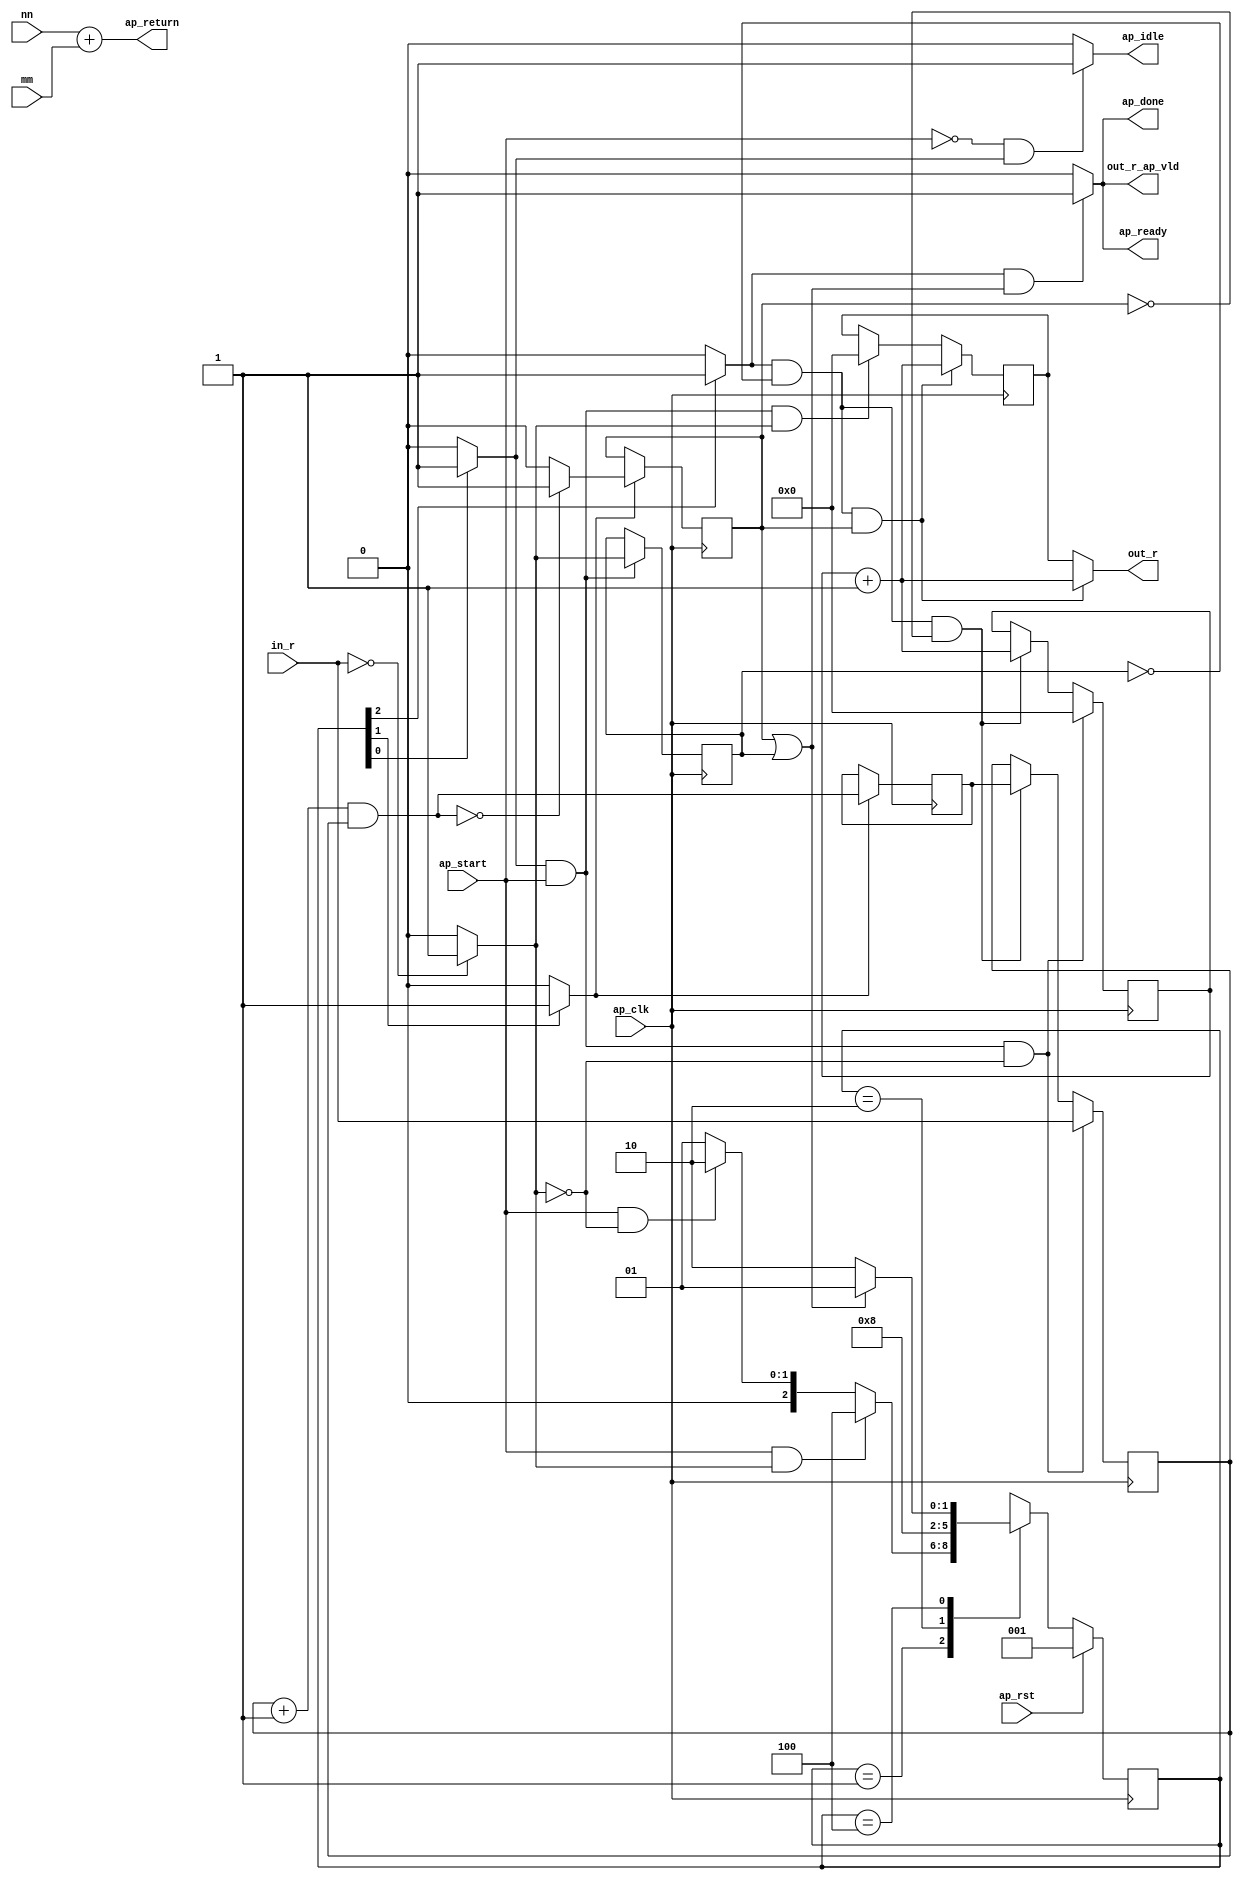
module bit_count (
        ap_clk,
        ap_rst,
        ap_start,
        ap_done,
        ap_idle,
        ap_ready,
        in_r,
        mm,
        out_r,
        out_r_ap_vld,
        nn,
        ap_return
);

parameter    ap_const_logic_1 = 1'b1;
parameter    ap_const_logic_0 = 1'b0;
parameter    ap_ST_st1_fsm_0 = 3'b1;
parameter    ap_ST_st2_fsm_1 = 3'b10;
parameter    ap_ST_st3_fsm_2 = 3'b100;
parameter    ap_const_lv32_0 = 32'b00000000000000000000000000000000;
parameter    ap_const_lv1_1 = 1'b1;
parameter    ap_const_lv32_1 = 32'b1;
parameter    ap_const_lv32_2 = 32'b10;
parameter    ap_const_lv1_0 = 1'b0;
parameter    ap_const_lv64_0 = 64'b0000000000000000000000000000000000000000000000000000000000000000;
parameter    ap_const_lv64_FFFFFFFFFFFFFFFF = 64'b1111111111111111111111111111111111111111111111111111111111111111;
parameter    ap_true = 1'b1;

input   ap_clk;
input   ap_rst;
input   ap_start;
output   ap_done;
output   ap_idle;
output   ap_ready;
input  [63:0] in_r;
input  [31:0] mm;
output  [31:0] out_r;
output   out_r_ap_vld;
input  [31:0] nn;
output  [31:0] ap_return;

reg ap_done;
reg ap_idle;
reg ap_ready;
reg out_r_ap_vld;
(* fsm_encoding = "none" *) reg   [2:0] ap_CS_fsm = 3'b1;
reg    ap_sig_cseq_ST_st1_fsm_0;
reg    ap_sig_bdd_19;
wire   [0:0] tmp_fu_89_p2;
reg   [0:0] tmp_reg_139;
wire   [63:0] x_1_fu_101_p2;
reg   [63:0] x_1_reg_143;
reg    ap_sig_cseq_ST_st2_fsm_1;
reg    ap_sig_bdd_50;
wire   [0:0] tmp_4_fu_107_p2;
reg   [0:0] tmp_4_reg_148;
wire   [31:0] n_2_fu_113_p2;
reg    ap_sig_cseq_ST_st3_fsm_2;
reg    ap_sig_bdd_61;
reg   [63:0] x1_reg_57;
reg   [31:0] n_reg_66;
reg   [31:0] n_1_phi_fu_81_p4;
reg   [31:0] n_1_reg_77;
wire   [63:0] tmp_2_fu_95_p2;
reg   [2:0] ap_NS_fsm;




always @ (posedge ap_clk) begin : ap_ret_ap_CS_fsm
    if (ap_rst == 1'b1) begin
        ap_CS_fsm <= ap_ST_st1_fsm_0;
    end else begin
        ap_CS_fsm <= ap_NS_fsm;
    end
end

always @ (posedge ap_clk) begin
    if (((ap_const_logic_1 == ap_sig_cseq_ST_st3_fsm_2) & (tmp_reg_139 == ap_const_lv1_0) & ~(tmp_4_reg_148 == ap_const_lv1_0))) begin
        n_1_reg_77 <= n_2_fu_113_p2;
    end else if (((ap_const_logic_1 == ap_sig_cseq_ST_st1_fsm_0) & ~(ap_start == ap_const_logic_0) & ~(tmp_fu_89_p2 == ap_const_lv1_0))) begin
        n_1_reg_77 <= ap_const_lv32_0;
    end
end

always @ (posedge ap_clk) begin
    if (((ap_const_logic_1 == ap_sig_cseq_ST_st1_fsm_0) & ~(ap_start == ap_const_logic_0) & (tmp_fu_89_p2 == ap_const_lv1_0))) begin
        n_reg_66 <= ap_const_lv32_0;
    end else if (((ap_const_logic_1 == ap_sig_cseq_ST_st3_fsm_2) & (tmp_reg_139 == ap_const_lv1_0) & (tmp_4_reg_148 == ap_const_lv1_0))) begin
        n_reg_66 <= n_2_fu_113_p2;
    end
end

always @ (posedge ap_clk) begin
    if (((ap_const_logic_1 == ap_sig_cseq_ST_st1_fsm_0) & ~(ap_start == ap_const_logic_0) & (tmp_fu_89_p2 == ap_const_lv1_0))) begin
        x1_reg_57 <= in_r;
    end else if (((ap_const_logic_1 == ap_sig_cseq_ST_st3_fsm_2) & (tmp_reg_139 == ap_const_lv1_0) & (tmp_4_reg_148 == ap_const_lv1_0))) begin
        x1_reg_57 <= x_1_reg_143;
    end
end

always @ (posedge ap_clk) begin
    if ((ap_const_logic_1 == ap_sig_cseq_ST_st2_fsm_1)) begin
        tmp_4_reg_148 <= tmp_4_fu_107_p2;
        x_1_reg_143 <= x_1_fu_101_p2;
    end
end

always @ (posedge ap_clk) begin
    if (((ap_const_logic_1 == ap_sig_cseq_ST_st1_fsm_0) & ~(ap_start == ap_const_logic_0))) begin
        tmp_reg_139 <= tmp_fu_89_p2;
    end
end

always @ (tmp_reg_139 or tmp_4_reg_148 or ap_sig_cseq_ST_st3_fsm_2) begin
    if (((ap_const_logic_1 == ap_sig_cseq_ST_st3_fsm_2) & (~(tmp_4_reg_148 == ap_const_lv1_0) | ~(tmp_reg_139 == ap_const_lv1_0)))) begin
        ap_done = ap_const_logic_1;
    end else begin
        ap_done = ap_const_logic_0;
    end
end

always @ (ap_start or ap_sig_cseq_ST_st1_fsm_0) begin
    if ((~(ap_const_logic_1 == ap_start) & (ap_const_logic_1 == ap_sig_cseq_ST_st1_fsm_0))) begin
        ap_idle = ap_const_logic_1;
    end else begin
        ap_idle = ap_const_logic_0;
    end
end

always @ (tmp_reg_139 or tmp_4_reg_148 or ap_sig_cseq_ST_st3_fsm_2) begin
    if (((ap_const_logic_1 == ap_sig_cseq_ST_st3_fsm_2) & (~(tmp_4_reg_148 == ap_const_lv1_0) | ~(tmp_reg_139 == ap_const_lv1_0)))) begin
        ap_ready = ap_const_logic_1;
    end else begin
        ap_ready = ap_const_logic_0;
    end
end

always @ (ap_sig_bdd_19) begin
    if (ap_sig_bdd_19) begin
        ap_sig_cseq_ST_st1_fsm_0 = ap_const_logic_1;
    end else begin
        ap_sig_cseq_ST_st1_fsm_0 = ap_const_logic_0;
    end
end

always @ (ap_sig_bdd_50) begin
    if (ap_sig_bdd_50) begin
        ap_sig_cseq_ST_st2_fsm_1 = ap_const_logic_1;
    end else begin
        ap_sig_cseq_ST_st2_fsm_1 = ap_const_logic_0;
    end
end

always @ (ap_sig_bdd_61) begin
    if (ap_sig_bdd_61) begin
        ap_sig_cseq_ST_st3_fsm_2 = ap_const_logic_1;
    end else begin
        ap_sig_cseq_ST_st3_fsm_2 = ap_const_logic_0;
    end
end

always @ (tmp_reg_139 or tmp_4_reg_148 or n_2_fu_113_p2 or ap_sig_cseq_ST_st3_fsm_2 or n_1_reg_77) begin
    if (((ap_const_logic_1 == ap_sig_cseq_ST_st3_fsm_2) & (tmp_reg_139 == ap_const_lv1_0) & ~(tmp_4_reg_148 == ap_const_lv1_0))) begin
        n_1_phi_fu_81_p4 = n_2_fu_113_p2;
    end else begin
        n_1_phi_fu_81_p4 = n_1_reg_77;
    end
end

always @ (tmp_reg_139 or tmp_4_reg_148 or ap_sig_cseq_ST_st3_fsm_2) begin
    if (((ap_const_logic_1 == ap_sig_cseq_ST_st3_fsm_2) & (~(tmp_4_reg_148 == ap_const_lv1_0) | ~(tmp_reg_139 == ap_const_lv1_0)))) begin
        out_r_ap_vld = ap_const_logic_1;
    end else begin
        out_r_ap_vld = ap_const_logic_0;
    end
end
always @ (ap_start or ap_CS_fsm or tmp_fu_89_p2 or tmp_reg_139 or tmp_4_reg_148) begin
    case (ap_CS_fsm)
        ap_ST_st1_fsm_0 : 
        begin
            if ((~(ap_start == ap_const_logic_0) & ~(tmp_fu_89_p2 == ap_const_lv1_0))) begin
                ap_NS_fsm = ap_ST_st3_fsm_2;
            end else if ((~(ap_start == ap_const_logic_0) & (tmp_fu_89_p2 == ap_const_lv1_0))) begin
                ap_NS_fsm = ap_ST_st2_fsm_1;
            end else begin
                ap_NS_fsm = ap_ST_st1_fsm_0;
            end
        end
        ap_ST_st2_fsm_1 : 
        begin
            ap_NS_fsm = ap_ST_st3_fsm_2;
        end
        ap_ST_st3_fsm_2 : 
        begin
            if ((~(tmp_4_reg_148 == ap_const_lv1_0) | ~(tmp_reg_139 == ap_const_lv1_0))) begin
                ap_NS_fsm = ap_ST_st1_fsm_0;
            end else begin
                ap_NS_fsm = ap_ST_st2_fsm_1;
            end
        end
        default : 
        begin
            ap_NS_fsm = 'bx;
        end
    endcase
end


assign ap_return = (nn + mm);


always @ (ap_CS_fsm) begin
    ap_sig_bdd_19 = (ap_CS_fsm[ap_const_lv32_0] == ap_const_lv1_1);
end


always @ (ap_CS_fsm) begin
    ap_sig_bdd_50 = (ap_const_lv1_1 == ap_CS_fsm[ap_const_lv32_1]);
end


always @ (ap_CS_fsm) begin
    ap_sig_bdd_61 = (ap_const_lv1_1 == ap_CS_fsm[ap_const_lv32_2]);
end

assign n_2_fu_113_p2 = (n_reg_66 + ap_const_lv32_1);

assign out_r = n_1_phi_fu_81_p4;

assign tmp_2_fu_95_p2 = ($signed(x1_reg_57) + $signed(ap_const_lv64_FFFFFFFFFFFFFFFF));

assign tmp_4_fu_107_p2 = (x_1_fu_101_p2 == ap_const_lv64_0? 1'b1: 1'b0);

assign tmp_fu_89_p2 = (in_r == ap_const_lv64_0? 1'b1: 1'b0);

assign x_1_fu_101_p2 = (tmp_2_fu_95_p2 & x1_reg_57);


endmodule